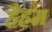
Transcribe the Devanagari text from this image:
हैहम